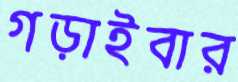
গড়াইবার